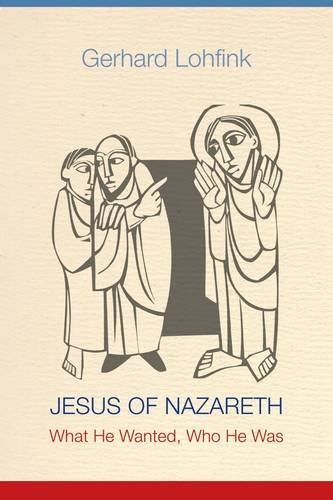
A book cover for Jesus of Nazareth: What He Wanted, Who He Was; Gerhard Lohfink; Christian Books & Bibles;